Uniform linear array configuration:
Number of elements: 4
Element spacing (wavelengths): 0.75
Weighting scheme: exponential
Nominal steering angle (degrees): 0
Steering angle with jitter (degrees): -1.687
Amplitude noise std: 0.05
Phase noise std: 0.05

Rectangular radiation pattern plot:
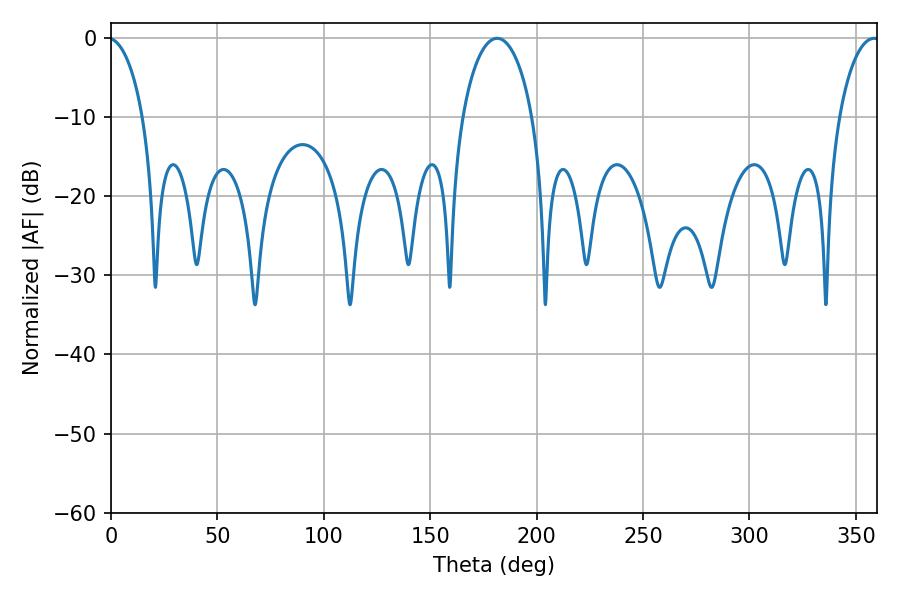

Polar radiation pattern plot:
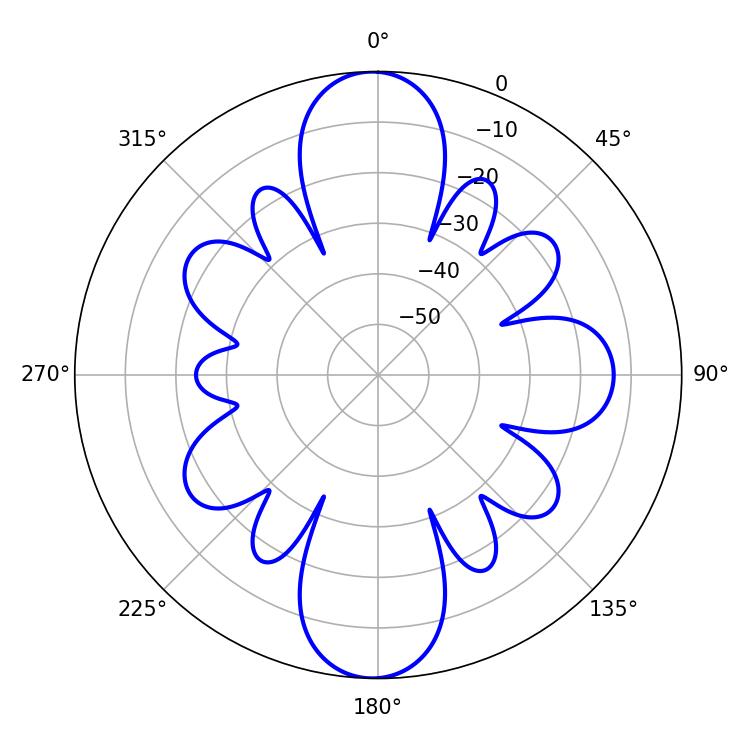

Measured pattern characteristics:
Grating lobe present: TRUE
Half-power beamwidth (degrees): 18.9
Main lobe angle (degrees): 181.44